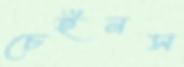
চেইনস